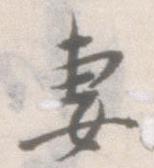
妻